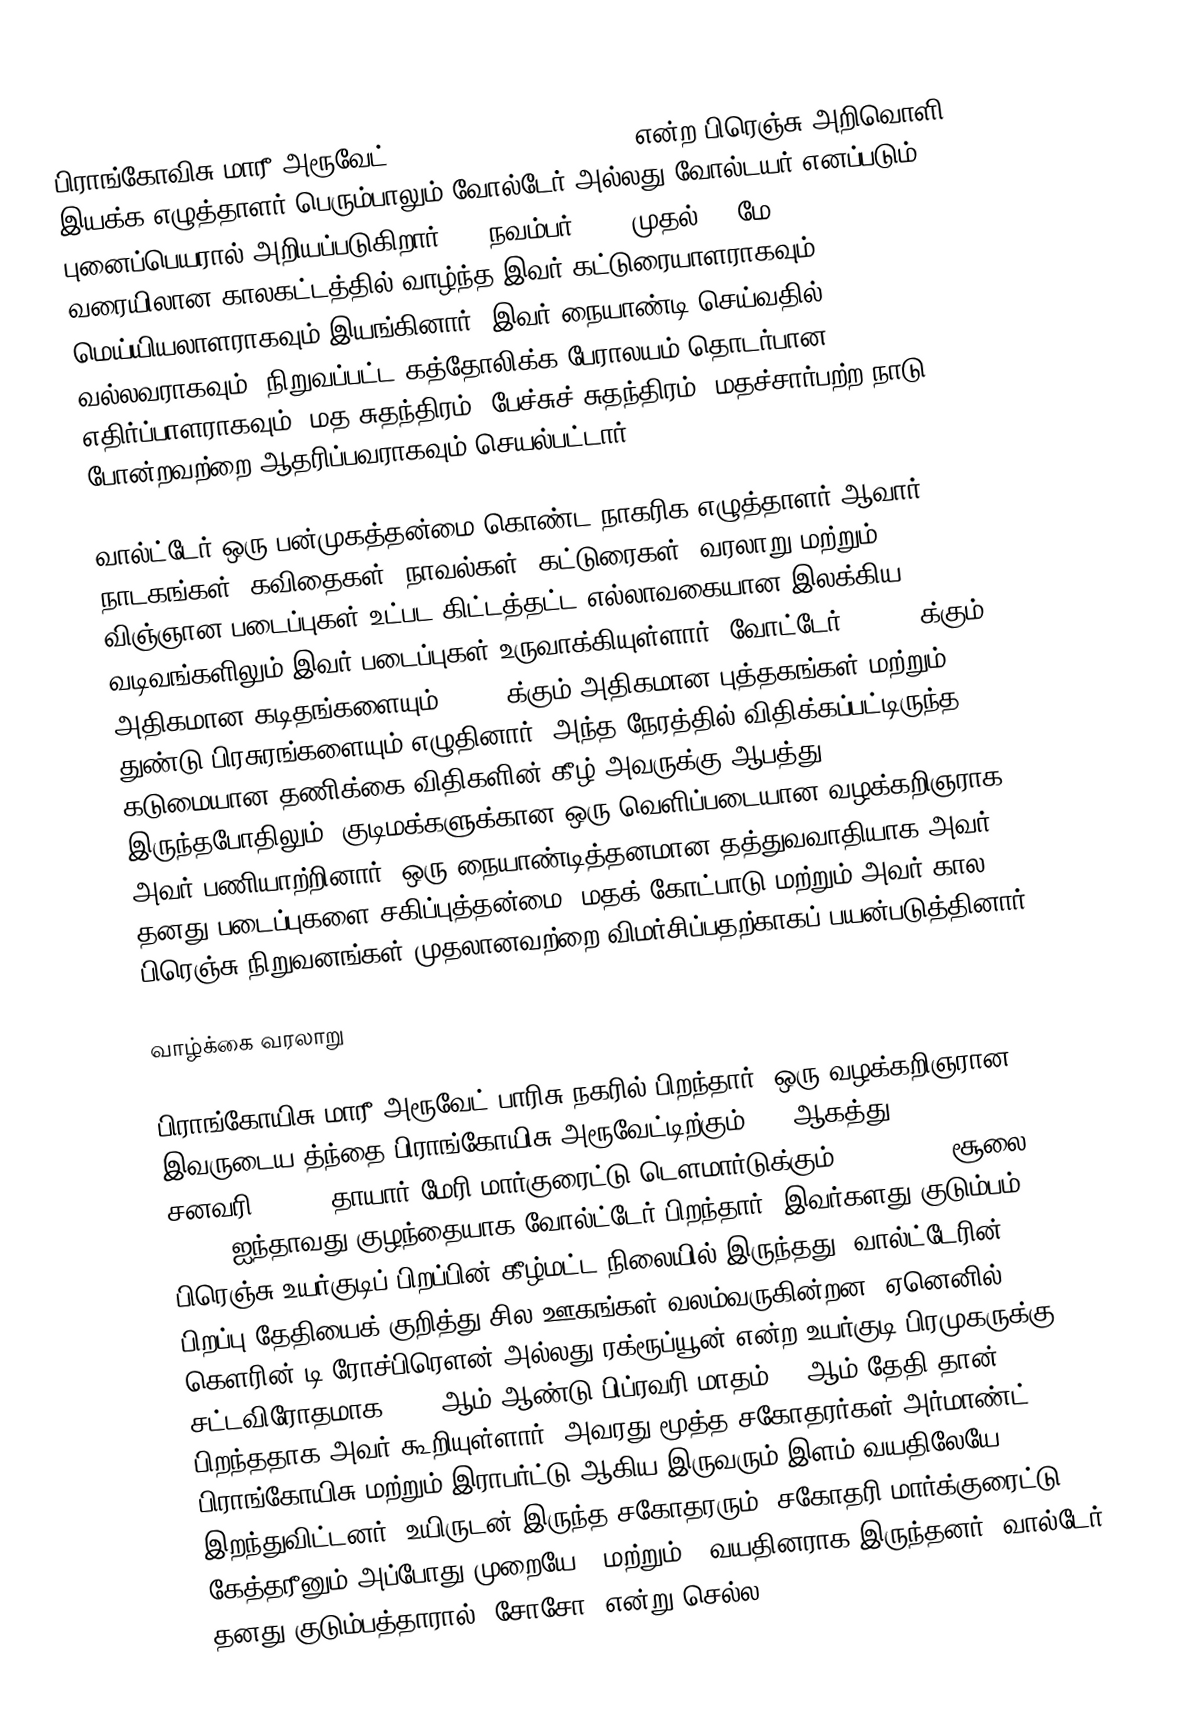
பிராங்கோவிசு-மாரீ அரூவேட் (François-Marie Arouet) என்ற பிரெஞ்சு அறிவொளி இயக்க எழுத்தாளர்  பெரும்பாலும் வோல்டேர் அல்லது வோல்டயர் எனப்படும் புனைப்பெயரால் அறியப்படுகிறார். 21 நவம்பர் 1694 முதல் 30 மே 1778 வரையிலான காலகட்டத்தில் வாழ்ந்த இவர் கட்டுரையாளராகவும் மெய்யியலாளராகவும் இயங்கினார். இவர் நையாண்டி செய்வதில் வல்லவராகவும், நிறுவப்பட்ட கத்தோலிக்க பேராலயம் தொடர்பான எதிர்ப்பாளராகவும், மத சுதந்திரம், பேச்சுச் சுதந்திரம், மதச்சார்பற்ற நாடு போன்றவற்றை ஆதரிப்பவராகவும் செயல்பட்டார்.

வால்ட்டேர் ஒரு பன்முகத்தன்மை கொண்ட நாகரிக எழுத்தாளர் ஆவார். நாடகங்கள், கவிதைகள், நாவல்கள், கட்டுரைகள், வரலாறு  மற்றும் விஞ்ஞான படைப்புகள் உட்பட கிட்டத்தட்ட எல்லாவகையான இலக்கிய வடிவங்களிலும் இவர் படைப்புகள் உருவாக்கியுள்ளார். வோட்டேர் 20,000 க்கும் அதிகமான கடிதங்களையும் 2,000 க்கும் அதிகமான புத்தகங்கள் மற்றும் துண்டு பிரசுரங்களையும் எழுதினார். அந்த நேரத்தில் விதிக்கப்பட்டிருந்த கடுமையான தணிக்கை விதிகளின் கீழ் அவருக்கு ஆபத்து இருந்தபோதிலும், குடிமக்களுக்கான ஒரு வெளிப்படையான வழக்கறிஞராக அவர் பணியாற்றினார். ஒரு நையாண்டித்தனமான தத்துவவாதியாக அவர் தனது படைப்புகளை சகிப்புத்தன்மை, மதக் கோட்பாடு மற்றும் அவர் கால பிரெஞ்சு நிறுவனங்கள் முதலானவற்றை விமர்சிப்பதற்காகப் பயன்படுத்தினார்.

வாழ்க்கை வரலாறு

பிராங்கோயிசு-மாரீ அரூவேட் பாரிசு நகரில் பிறந்தார். ஒரு வழக்கறிஞரான இவருடைய த்ந்தை பிராங்கோயிசு அரூவேட்டிற்கும் (19 ஆகத்து 1649 – 1 சனவரி 1722), தாயார் மேரி மார்குரைட்டு டௌமார்டுக்கும் (1660 – 13 சூலை 1701) ஐந்தாவது குழந்தையாக வோல்ட்டேர் பிறந்தார். இவர்களது குடும்பம் பிரெஞ்சு உயர்குடிப் பிறப்பின் கீழ்மட்ட நிலையில் இருந்தது. வால்ட்டேரின் பிறப்பு தேதியைக் குறித்து சில ஊகங்கள் வலம்வருகின்றன. ஏனெனில், கௌரின் டி ரோச்பிரௌன் அல்லது ரக்ரூப்யூன் என்ற உயர்குடி பிரமுகருக்கு சட்டவிரோதமாக 1694 ஆம் ஆண்டு பிப்ரவரி மாதம் 20 ஆம் தேதி தான் பிறந்ததாக அவர் கூறியுள்ளார். அவரது மூத்த சகோதரர்கள்-அர்மாண்ட் பிராங்கோயிசு மற்றும் இராபர்ட்டு ஆகிய இருவரும் இளம் வயதிலேயே இறந்துவிட்டனர். உயிருடன் இருந்த சகோதரரும், சகோதரி மார்க்குரைட்டு கேத்தரீனும் அப்போது முறையே 9 மற்றும் 7 வயதினராக இருந்தனர். வால்டேர் தனது குடும்பத்தாரால் 'சோசோ' என்று செல்ல